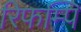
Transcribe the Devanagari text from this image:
रिफम्पिं